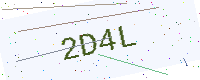
Text: 2D4L